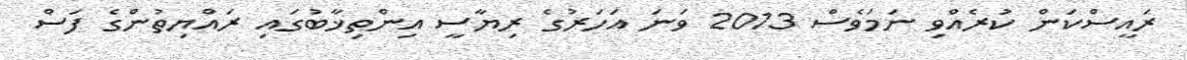
ރައީސްކަން ކުރެއްވި ނަމަވެސް 2013 ވަނަ އަހަރުގެ ރިޔާސީ އިންތިޚާބުގައި ރައްޔިތުންގެ ފަސް